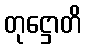
တုဋ္ဌောတိ